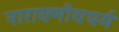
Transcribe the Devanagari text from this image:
नारायणीयधर्म